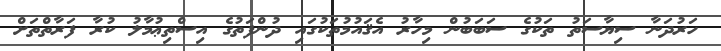
ހަރުދަނާ ސިޔާސަތު ތަކުގެ ސަބަބުން މިހާރު އެޤައުމުތަކުގައި ދުންފަތުގެ އިސްތިޢުމާލު ކުރާ ފަރާތްތަށް